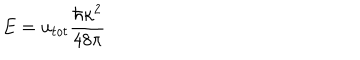
E = { u _ { t o t } } \frac { \hbar \kappa ^ { 2 } } { 4 8 \pi }